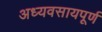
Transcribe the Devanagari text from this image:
अध्यवसायपूर्ण